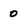
Character: 0